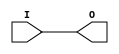
// $Header: /devl/xcs/repo/env/Databases/CAEInterfaces/verunilibs/data/blanc/BUFH.v,v 1.3 2008/11/11 21:41:06 yanx Exp $
///////////////////////////////////////////////////////////////////////////////
// Copyright (c) 1995/2004 Xilinx, Inc.
// All Right Reserved.
///////////////////////////////////////////////////////////////////////////////
//   ____  ____
//  /   /\/   /
// /___/  \  /    Vendor : Xilinx
// \   \   \/     Version : 10.1
//  \   \         Description : Xilinx Functional Simulation Library Component
//  /   /                  H Clock Buffer
// /___/   /\     Filename : BUFH.v
// \   \  /  \    Timestamp :
//  \___\/\___\
//
// Revision:
//    04/08/08 - Initial version.
//    09//9/08 - Change to use BUFHCE according to yaml.
//    11/11/08 - Change to not use BUFHCE.
// End Revision

`timescale  1 ps / 1 ps


module BUFH (O, I);

    output O;

    input  I;


    buf B1 (O, I);

endmodule